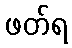
ဖတ်ရ